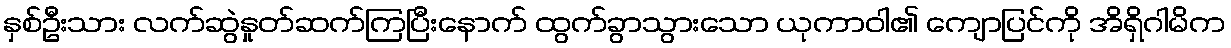
နှစ်ဦးသား လက်ဆွဲနှုတ်ဆက်ကြပြီးနောက် ထွက်ခွာသွားသော ယုကာဝါ၏ ကျောပြင်ကို အိရှိဂါမိက